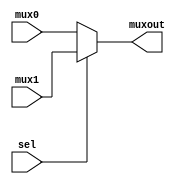
`timescale 1ns / 1ps
//////////////////////////////////////////////////////////////////////////////////
// Company: 
// Engineer: 
// 
// Design Name: 
// Module Name: Mux
// Project Name: 
// Target Devices: 
// Tool Versions: 
// Description: 
// 
// Dependencies: 
// 
// Revision:
// Revision 0.01 - File Created
// Additional Comments:
// 
//////////////////////////////////////////////////////////////////////////////////


module Mux(
    input [31: 0] mux0,
    input [31: 0] mux1,
    input sel,
    output [31: 0] muxout
    );
    assign muxout = sel ? mux1: mux0;
endmodule